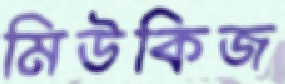
মিউকিজ